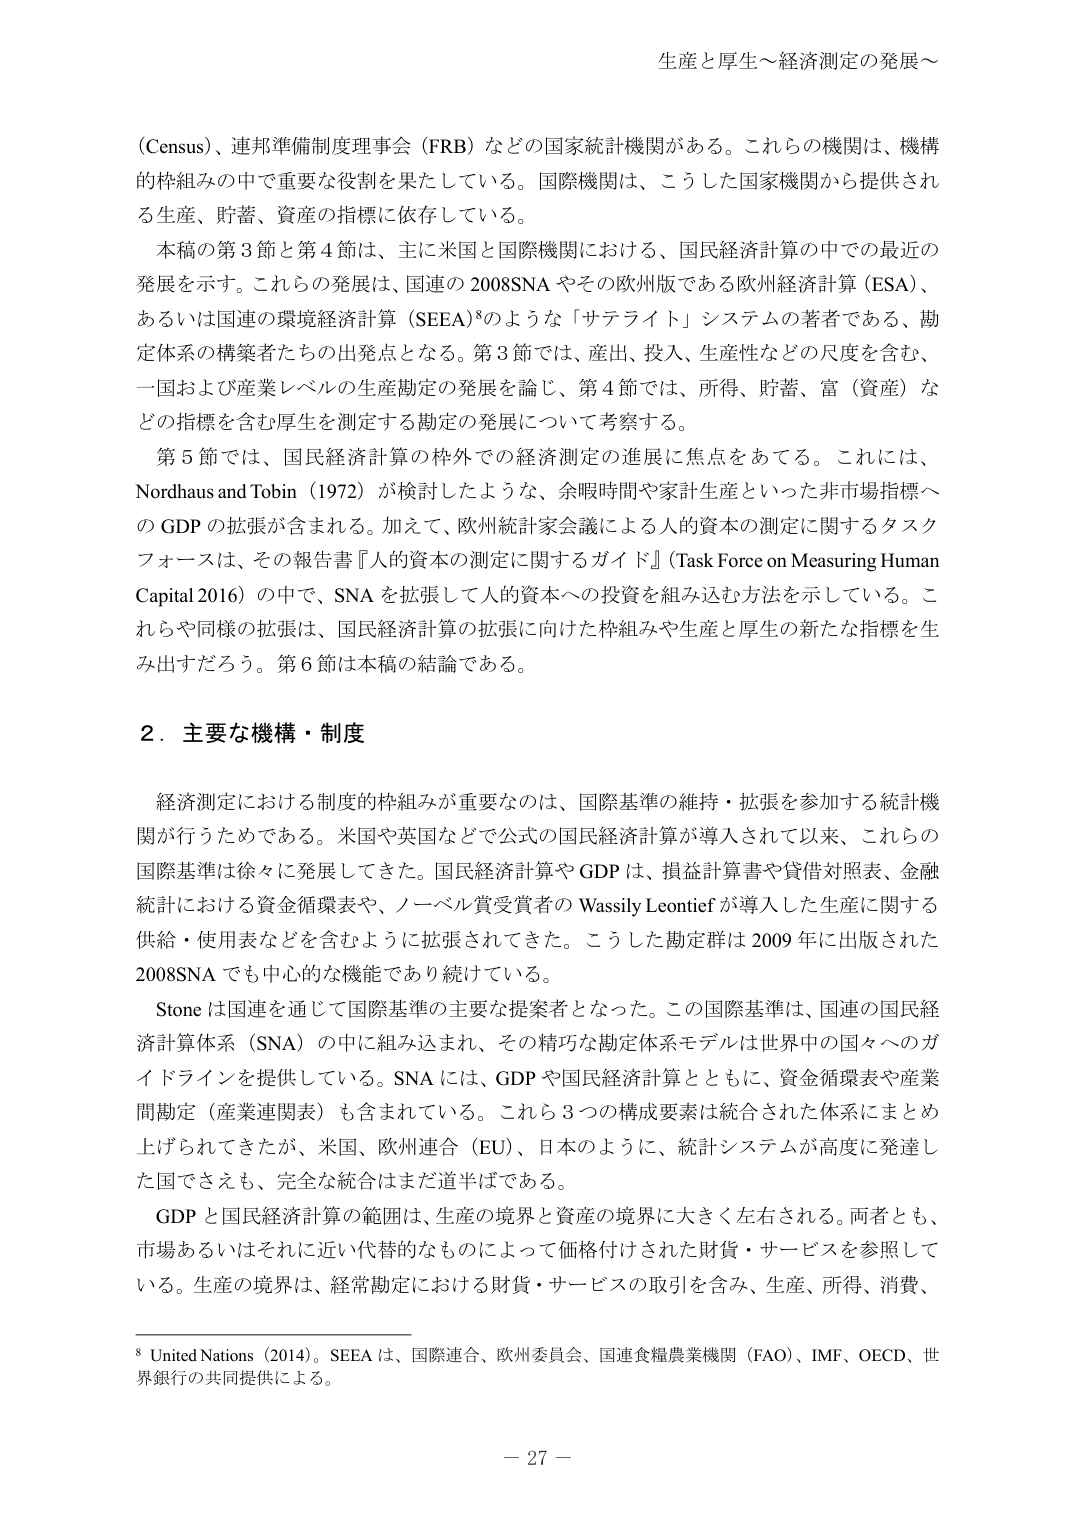
生産と厚生～経済測定の発展～

(Census)、連邦準備制度理事会（FRB）などの国家統計機関がある。これらの機関は、機構的枠組みの中で重要な役割を果たしている。国際機関は、こうした国家機関から提供される生産、貯蓄、資産の指標に依存している。

本稿の第3節と第4節は、主に米国と国際機関における、国民経済計算の中での最近の発展を示す。これらの発展は、国連の2008SNAやその欧州版である欧州経済計算（ESA）、あるいは国連の環境経済計算（SEEA）⁸のような「サテライト」システムの著者である、勘定体系の構築者たちの出発点となる。第3節では、産出、投入、生産性などの尺度を含む、一国および産業レベルの生産勘定の発展を論じ、第4節では、所得、貯蓄、富（資産）などの指標を含む厚生を測定する勘定の発展について考察する。

第5節では、国民経済計算の枠外での経済測定の進展に焦点をあてる。これには、Nordhaus and Tobin（1972）が検討したような、余暇時間や家計生産といった非市場指標へのGDPの拡張が含まれる。加えて、欧州統計家会議による人的資本の測定に関するタスクフォースは、その報告書『人的資本の測定に関するガイド』（Task Force on Measuring Human Capital 2016）の中で、SNAを拡張して人的資本への投資を組み込む方法を示している。これらや同様の拡張は、国民経済計算の拡張に向けた枠組みや生産と厚生の新たな指標を生み出すだろう。第6節は本稿の結論である。

2．主要な機構・制度

経済測定における制度的枠組みが重要なのは、国際基準の維持・拡張を参加する統計機関が行うためである。米国や英国などで公式の国民経済計算が導入されて以来、これらの国際基準は徐々に発展してきた。国民経済計算やGDPは、損益計算書や貸借対照表、金融統計における資金循環表や、ノーベル賞受賞者のWassily Leontiefが導入した生産に関する供給・使用表などを含むように拡張されてきた。こうした勘定群は2009年に出版された2008SNAでも中心的な機能であり続けている。

Stoneは国連を通じて国際基準の主要な提案者となった。この国際基準は、国連の国民経済計算体系（SNA）の中に組み込まれ、その精巧な勘定体系モデルは世界中の国々へのガイドラインを提供している。SNAには、GDPや国民経済計算とともに、資金循環表や産業間勘定（産業連関表）も含まれている。これら3つの構成要素は統合された体系にまとめ上げられてきたが、米国、欧州連合（EU）、日本のように、統計システムが高度に発達した国でさえも、完全な統合はまだ道半ばである。

GDPと国民経済計算の範囲は、生産の境界と資産の境界に大きく左右される。両者とも、市場あるいはそれに近い代替的なものによって価格付けされた財貨・サービスを参照している。生産の境界は、経常勘定における財貨・サービスの取引を含み、生産、所得、消費、

⁸ United Nations（2014）。SEEAは、国際連合、欧州委員会、国連食糧農業機関（FAO）、IMF、OECD、世界銀行の共同提供による。

－ 27 －